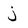
Character: j